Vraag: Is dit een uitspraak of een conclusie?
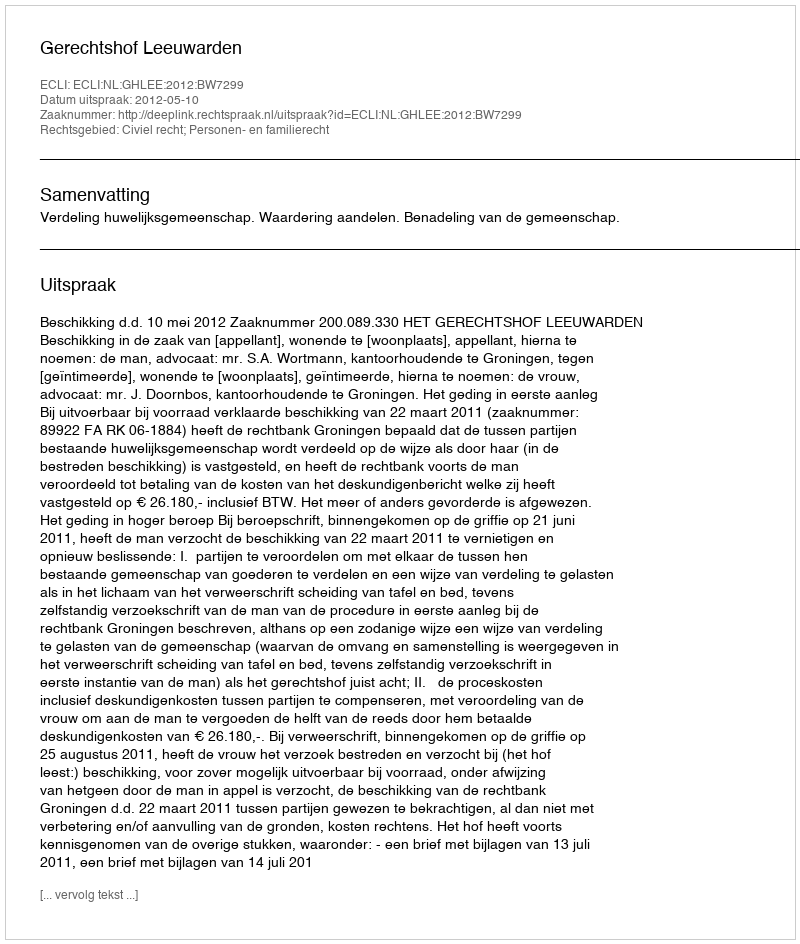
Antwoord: Uitspraak